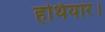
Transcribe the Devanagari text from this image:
हथियार।